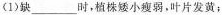
1)缺___时，植株矮小瘦弱，叶片发黄；